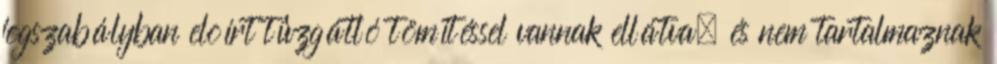
jogszabályban elõírt tûzgátló tömítéssel vannak ellátva, és nem tartalmaznak